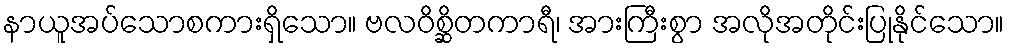
နာယူအပ်သောစကားရှိသော။ ဗလဝိစ္ဆိတကာရီ၊ အားကြီးစွာ အလိုအတိုင်းပြုနိုင်သော။